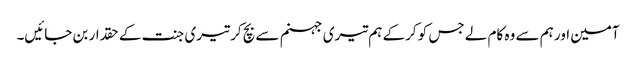
آمین اور ہم سے وہ کام لے جس کو کرکے ہم تیری جہنم سے بچ کر تیری جنت کے حقدار بن جائیں۔